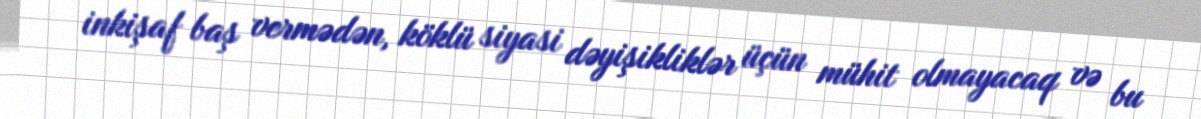
inkişaf baş vermədən, köklü siyasi dəyişikliklər üçün mühit olmayacaq və bu